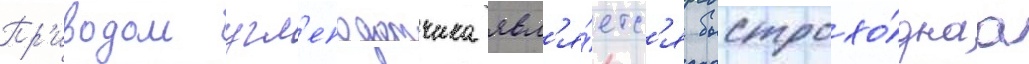
Пр'иводом угл'еподатчика явл'я́етс'я быстрохо́днаа